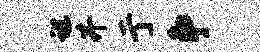
谌井亍争